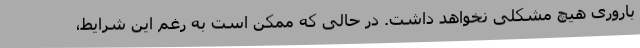
باروری هیچ مشکلی نخواهد داشت. در حالی که ممکن است به رغم این شرایط،